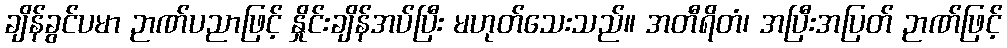
ချိန်ခွင်ပမာ ဉာဏ်ပညာဖြင့် နှိုင်းချိန်အပ်ပြီး မဟုတ်သေးသည်။ အတီရိတံ၊ အပြီးအပြတ် ဉာဏ်ဖြင့်